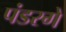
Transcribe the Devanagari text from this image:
पंडरगे